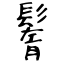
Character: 鬌